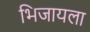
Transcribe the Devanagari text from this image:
भिजायला